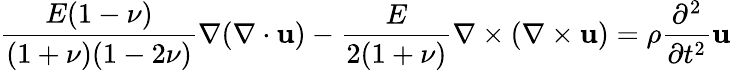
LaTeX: \frac{E(1-\nu)}{(1+\nu)(1-2\nu)}\nabla(\nabla\cdot{\mathbf u})-\frac{E}{2(1+\nu)}\nabla\times(\nabla\times{\mathbf u})=\rho\frac{\partial^{2}}{\partial t^{2}}{\mathbf u}